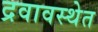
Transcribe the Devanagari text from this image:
द्रवावस्थेत